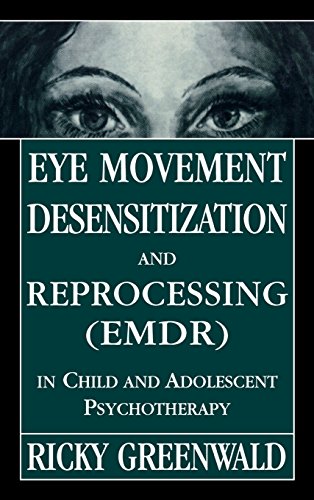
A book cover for Eye Movement Desensitization Reprocessing (EMDR) in Child and Adolescent Psychotherapy; Ricky Greenwald; Medical Books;